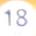
18